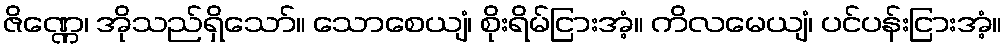
ဇိဏ္ဏေ၊ အိုသည်ရှိသော်။ သောစေယျံ၊ စိုးရိမ်ငြားအံ့။ ကိလမေယျံ၊ ပင်ပန်းငြားအံ့။